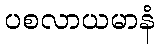
ပစလာယမာနံ